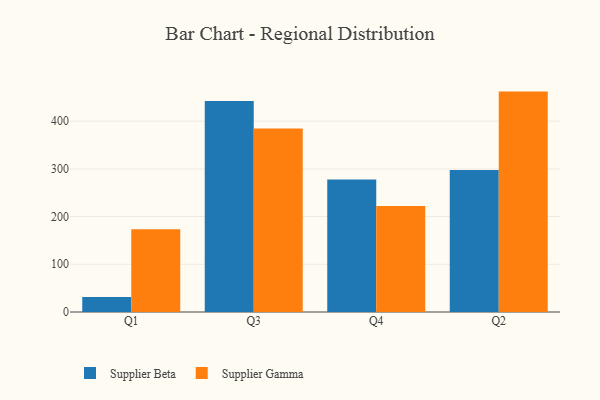
{"axis": {"x": "Quarter", "y": "Satisfaction Score"}, "legend": ["Supplier Beta", "Supplier Gamma"], "data": [{"x": "Q1", "y": 31.7, "type": "Supplier Beta"}, {"x": "Q1", "y": 173.6, "type": "Supplier Gamma"}, {"x": "Q3", "y": 442.2, "type": "Supplier Beta"}, {"x": "Q3", "y": 384.9, "type": "Supplier Gamma"}, {"x": "Q4", "y": 277.6, "type": "Supplier Beta"}, {"x": "Q4", "y": 222.4, "type": "Supplier Gamma"}, {"x": "Q2", "y": 297.7, "type": "Supplier Beta"}, {"x": "Q2", "y": 462.0, "type": "Supplier Gamma"}]}